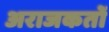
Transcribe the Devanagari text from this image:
अराजकतों